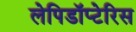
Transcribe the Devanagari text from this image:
लेपिडॉप्टेरिस